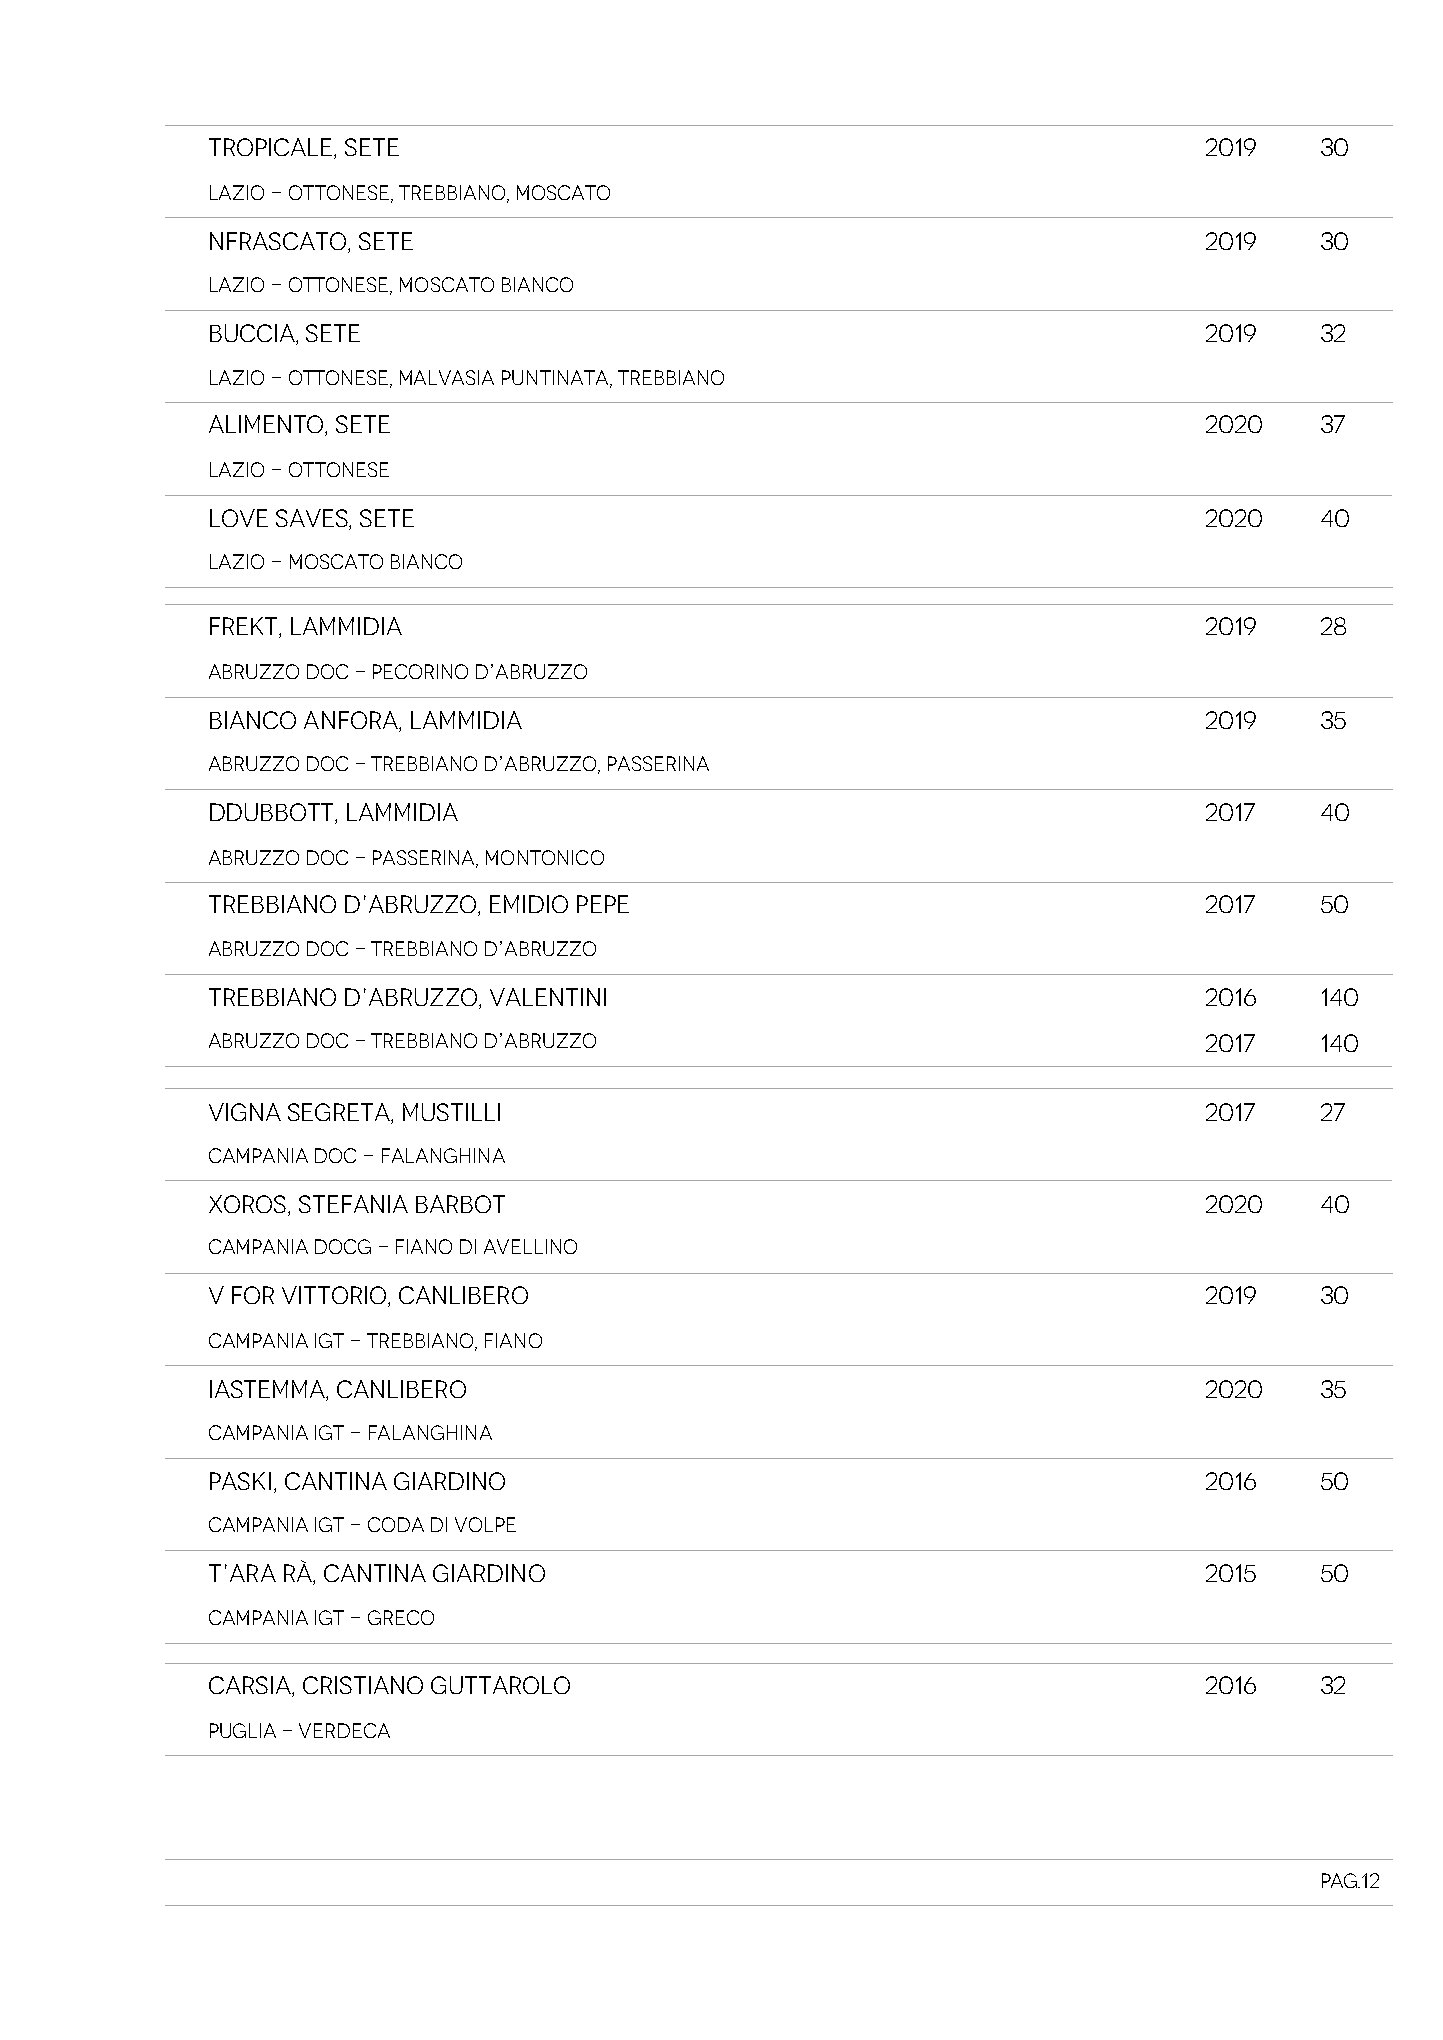
TROPICALE, SETE                                                   2019   30
 Lazio - Ottonese, Trebbiano, Moscato
 NFRASCATO, SETE                                                   2019   30
 Lazio - Ottonese, Moscato Bianco
 BUCCIA, SETE                                                      2019   32
 Lazio - Ottonese, Malvasia Puntinata, Trebbiano
 ALIMENTO, SETE                                                    2020   37
 Lazio - Ottonese
 LOVE SAVES, SETE                                                  2020   40
 Lazio - Moscato Bianco
 FREKT, LAMMIDIA                                                   2019   28
 Abruzzo DOC - Pecorino d’Abruzzo
 BIANCO ANFORA, LAMMIDIA                                           2019   35
 Abruzzo DOC - Trebbiano d’Abruzzo, Passerina
 DDUBBOTT, LAMMIDIA                                                2017   40
 Abruzzo DOC - Passerina, Montonico
 TREBBIANO D’ABRUZZO, EMIDIO PEPE                                  2017   50
 Abruzzo DOC - Trebbiano d’Abruzzo
 TREBBIANO D’ABRUZZO, VALENTINI                                    2016   140
 Abruzzo DOC - Trebbiano d’Abruzzo                                 2017   140
 VIGNA SEGRETA, MUSTILLI                                           2017   27
 Campania DOC - Falanghina
 XOROS, STEFANIA BARBOT                                            2020   40
 Campania DOCG - Fiano di Avellino
 V FOR VITTORIO, CANLIBERO                                         2019   30
 Campania IGT - Trebbiano, Fiano
 IASTEMMA, CANLIBERO                                               2020   35
 Campania IGT - Falanghina
 PASKI, CANTINA GIARDINO                                           2016   50
 Campania IGT - Coda di Volpe
 T’ARA RÀ, CANTINA GIARDINO                                        2015   50
 Campania IGT - Greco
 CARSIA, CRISTIANO GUTTAROLO                                       2016   32
 Puglia - Verdeca
 Pag.12